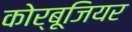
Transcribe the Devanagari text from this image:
कोर्बूजियर